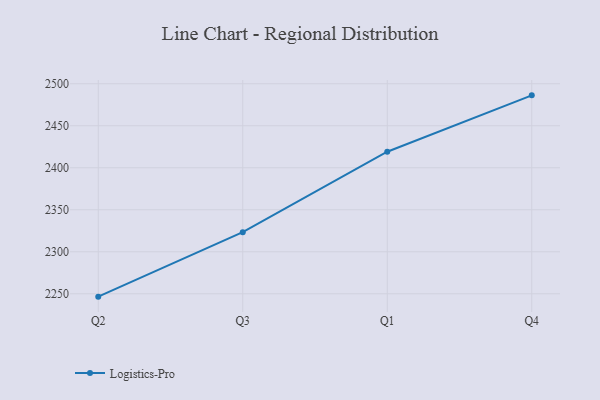
{"axis": {"x": "Quarter", "y": "Tickets Resolved"}, "legend": ["Logistics-Pro"], "data": [{"x": "Q2", "y": 2246.6, "type": "Logistics-Pro"}, {"x": "Q3", "y": 2323.3, "type": "Logistics-Pro"}, {"x": "Q1", "y": 2419.1, "type": "Logistics-Pro"}, {"x": "Q4", "y": 2486.2, "type": "Logistics-Pro"}]}